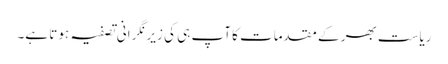
ریاست بھر کے مقدمات کا آپ ہی کی زیرِ نگرانی تصفیہ ہوتا ہے۔